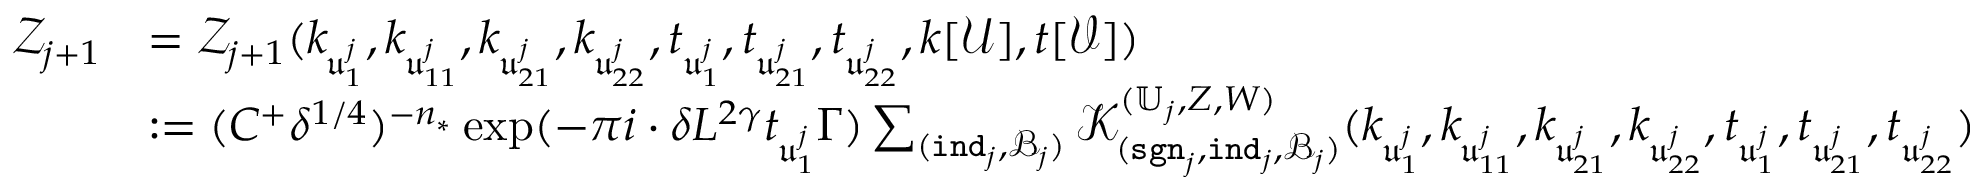
\begin{array} { r l } { \mathcal Z _ { j + 1 } } & { = \mathcal Z _ { j + 1 } ( k _ { \mathfrak u _ { 1 } ^ { j } } , k _ { \mathfrak u _ { 1 1 } ^ { j } } , k _ { \mathfrak u _ { 2 1 } ^ { j } } , k _ { \mathfrak u _ { 2 2 } ^ { j } } , t _ { \mathfrak u _ { 1 } ^ { j } } , t _ { \mathfrak u _ { 2 1 } ^ { j } } , t _ { \mathfrak u _ { 2 2 } ^ { j } } , k [ \mathcal U ] , t [ \mathcal V ] ) } \\ & { : = ( C ^ { + } \delta ^ { 1 / 4 } ) ^ { - n _ { * } } \exp ( - \pi i \cdot \delta L ^ { 2 \gamma } t _ { \mathfrak u _ { 1 } ^ { j } } \Gamma ) \sum _ { ( \mathtt { i n d } _ { j } , \mathscr B _ { j } ) } \mathcal K _ { ( \mathtt { s g n } _ { j } , \mathtt { i n d } _ { j } , \mathscr B _ { j } ) } ^ { ( \mathbb U _ { j } , Z , W ) } ( k _ { \mathfrak u _ { 1 } ^ { j } } , k _ { \mathfrak u _ { 1 1 } ^ { j } } , k _ { \mathfrak u _ { 2 1 } ^ { j } } , k _ { \mathfrak u _ { 2 2 } ^ { j } } , t _ { \mathfrak u _ { 1 } ^ { j } } , t _ { \mathfrak u _ { 2 1 } ^ { j } } , t _ { \mathfrak u _ { 2 2 } ^ { j } } ) } \end{array}